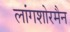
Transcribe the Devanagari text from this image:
लांगशोरमैन